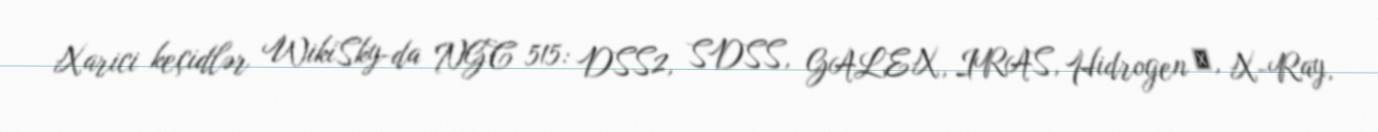
Xarici keçidlər WikiSky-da NGC 515: DSS2, SDSS, GALEX, IRAS, Hidrogen α, X-Ray,